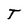
Character: T